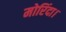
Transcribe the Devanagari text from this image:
मोरिंदा।